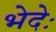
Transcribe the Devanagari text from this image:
भेदेः